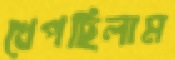
খেপছিলাম